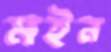
মইন